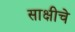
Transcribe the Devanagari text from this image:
साक्षीचे